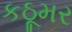
કઠૂમર